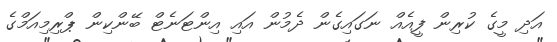
އަދި މީގެ ކުރިން ފީއެއް ނަގައިގެން ދެމުން އައި އިންޓަނެޓް ބޭންކިން ޕްރިމިއަމްގެ